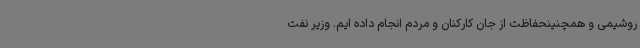
روشیمی و همچنینحفاظت از جان کارکنان و مردم انجام داده ایم. وزیر نفت